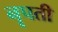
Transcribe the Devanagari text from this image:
नॄपती